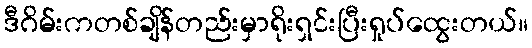
ဒီဂိမ်းကတစ်ချိန်တည်းမှာရိုးရှင်းပြီးရှုပ်ထွေးတယ်။